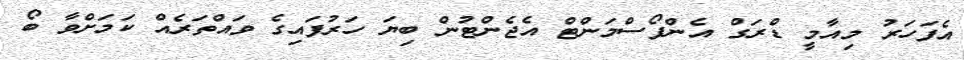
އެފަހަރު މިއާމީ ޑްރަގް އެންފޯސްމަންޓް އެޖެންޓުން ބިޔަ ހަރުފައިގެ ވައްތަރެއް ކަމަށްވާ ބޯ